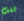
قلت